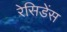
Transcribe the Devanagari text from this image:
रेसिडेंस